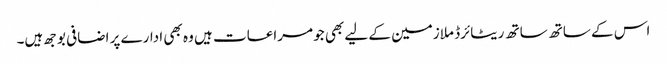
اس کے ساتھ ساتھ ریٹائرڈ ملازمین کے لیے بھی جو مراعات ہیں وہ بھی ادارے پر اضافی بوجھ ہیں۔